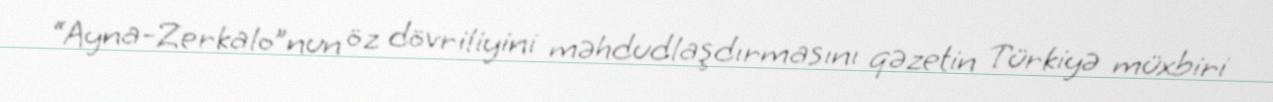
“Ayna-Zerkalo”nun öz dövriliyini məhdudlaşdırmasını qəzetin Türkiyə müxbiri